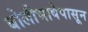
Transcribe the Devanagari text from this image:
बोलीभाषेपासून